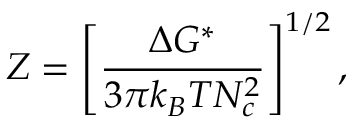
Z = \left[ \frac { \Delta G ^ { * } } { 3 \pi k _ { B } T N _ { c } ^ { 2 } } \right] ^ { 1 / 2 } ,